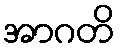
အာဂတိ